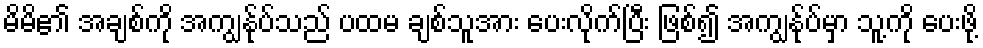
မိမိ၏ အချစ်ကို အကျွန်ုပ်သည် ပထမ ချစ်သူအား ပေးလိုက်ပြီး ဖြစ်၍ အကျွန်ုပ်မှာ သူ့ကို ပေးဖို့